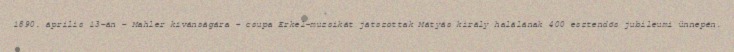
1890. április 13-án – Mahler kívánságára – csupa Erkel-muzsikát játszottak Mátyás király halálának 400 esztendős jubileumi ünnepén.